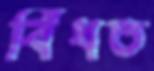
বিঁধত